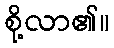
စို့လာ၏။